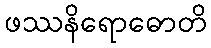
ဖဿနိရောဓောတိ